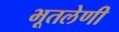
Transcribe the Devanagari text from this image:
भूतलेणी